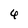
Character: 6